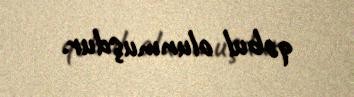
qəbul olunmuşdur.